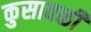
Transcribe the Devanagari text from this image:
कुसावळी